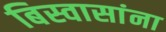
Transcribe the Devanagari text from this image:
बिस्वासांना